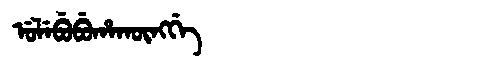
Manchu: ᡠᠯᡝᠪᡠᠪᡠᡥᠠᡴᡡᠩᡤᡝ
Romanization: ULEBUBUHAKŪNGGE